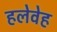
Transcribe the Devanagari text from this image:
हलेवेह